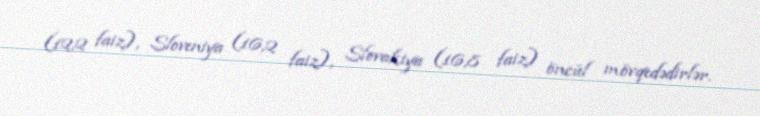
(12,2 faiz), Sloveniya (16,2 faiz), Slovakiya (16,8 faiz) öncül mövqedədirlər.